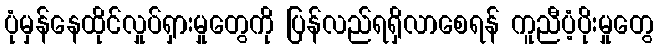
ပုံမှန်နေထိုင်လှုပ်ရှားမှုတွေကို ပြန်လည်ရရှိလာစေရန် ကူညီပံ့ပိုးမှုတွေ